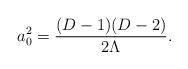
\begin{align*}a_0^2 = {(D-1)(D-2)\over 2\Lambda}.\end{align*}